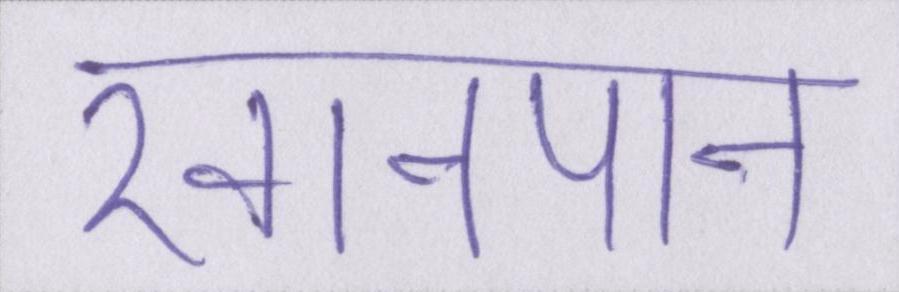
खानपान